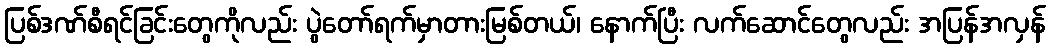
ပြစ်ဒဏ်စီရင်ခြင်းတွေကိုလည်း ပွဲတော်ရက်မှာတားမြစ်တယ်၊ နောက်ပြီး လက်ဆောင်တွေလည်း အပြန်အလှန်